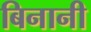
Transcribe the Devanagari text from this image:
बिनानी